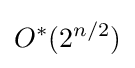
O^{*}(2^{n/2})